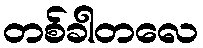
တစ်ခါတလေ